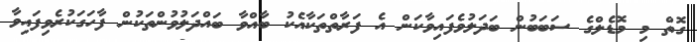
ގޮތް މި މޮޑެލްގެ ސަބަބުން ބަދަލުވެފައިވާކަން އެ ފަރާތްތަކާއެކު ބާއްވާ ބައްދަލުވުންތަކުން ފާހަގަކުރެވިފައިވާ